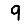
Digit: 9